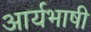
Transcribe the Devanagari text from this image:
आर्यभाषी